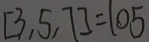
[ 3 , 5 , 7 ] = 1 0 5